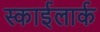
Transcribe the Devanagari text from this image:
स्काईलार्क